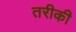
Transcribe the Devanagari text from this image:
तरीकी